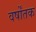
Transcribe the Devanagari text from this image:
वर्षोंतक